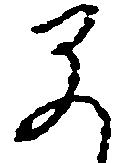
早